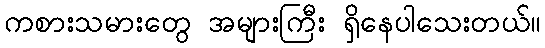
ကစားသမားတွေ အများကြီး ရှိနေပါသေးတယ်။